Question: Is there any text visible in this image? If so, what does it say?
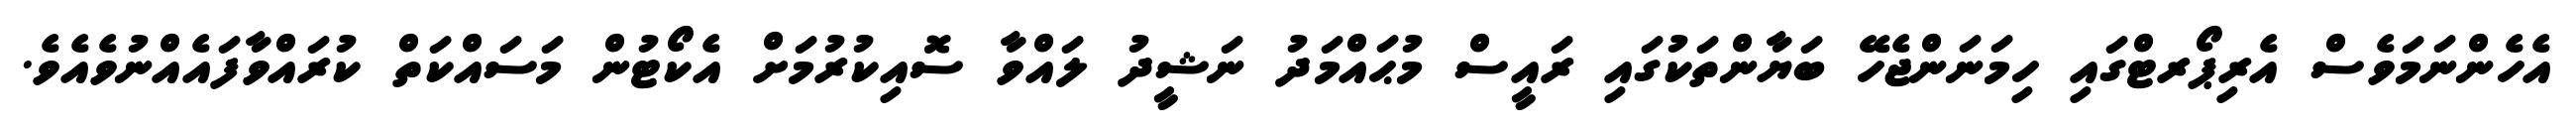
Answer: އެހެންނަމަވެސް އެރިޕޯރޓްގައި ހިމަނަންޖެހޭ ބަޔާންތަކުގައި ރައީސް މުޙައްމަދު ނަޝީދު ލައްވާ ސޮއިކުރުމަށް އެކޯޓުން މަސައްކަތް ކުރައްވާފައެއްނުވެއެވެ.